Civil Veterinary Dept. Bombay admin report 1932-41 - 1932-1941
Year: 1932
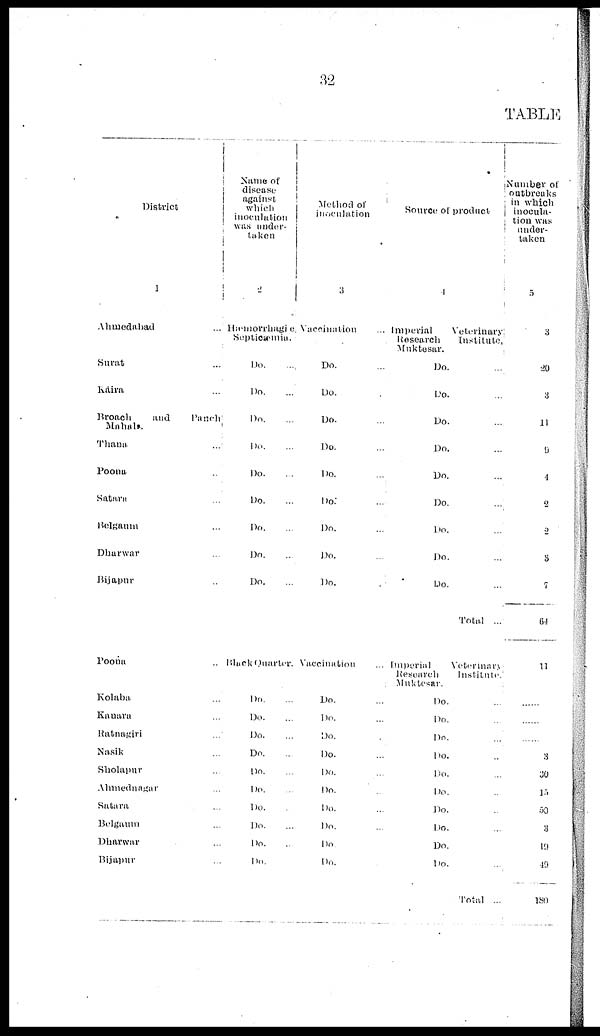
32
TABLE
District
1
Ahmedabad ...
Surat ...
Kaira ...
Broach
and
Panch
Mahals.
Thana. ...
Poona ...
Satara ...
Belgaum ...
Dharwar ...
Bijapur ...
Poona ...
Kolaba ...
Kanara ...
Ratnagiri ...
Nasik ...
Sholapur ...
Ahmednagar ...
Satara ...
Belgaum ...
Dharwar ...
Bijapur ...
Name of
disease
against
which
inoculation
was under-
taken
2
Hæmorrhagic,
Septicæmia.
Do.
...
Do. ...
Do. ...
Do. ...
Do. ...
Do. ...
Do. ...
Do. ...
Do. ...
Black Quarter.
Do. ...
Do. ...
Do. ...
Do. ...
Do. ...
Do. ...
Do. ...
Do. ...
Do. ...
Do. ...
Method of
inoculation
3
Vaccination ...
Do. ...
Do. ...
Do. ...
Do. ...
Do. ...
Do. ...
Do. ...
Do. ...
Do. ...
Vaccination ...
Do. ...
Do. ...
Do ....
Do ....
Do ....
Do ....
Do ....
Do ....
Do ....
Do ....
Source of product
4
Imperial
Veterinary,
Research
Institute,
Muktesar.
Do. ...
Do. ...
Do. ...
Do. ...
Do. ...
Do. ...
Do. ...
Do. ...
Do. ...
Total ...
Imperial
Veterinary
Research
Institute,
Muktesar.
Do. ...
Do. ...
Do. ...
Do. ...
Do. ...
Do. ...
Do. ...
Do. ...
Do. ...
Do. ...
Total ...
Number of
outbreaks
in which
inocula-
tion was
under-
taken
5
3
20
3
11
9
4
2
2
3
7
64
11
......
......
......
3
30
15
50
3
19
49
180